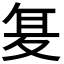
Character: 𭐥